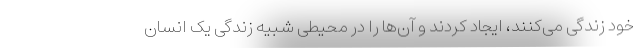
خود زندگی می‌کنند، ایجاد کردند و آن‌ها را در محیطی شبیه زندگی یک انسان